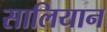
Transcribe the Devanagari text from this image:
सालियान